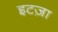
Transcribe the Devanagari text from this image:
इटज़ा